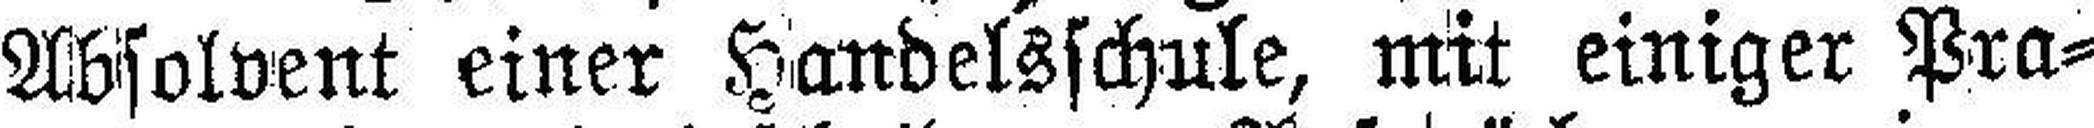
Absolvent einer Handelsschule, mit einiger Pra¬